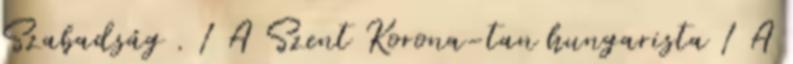
Szabadság . 1 A Szent Korona-tan hungarista 1 A